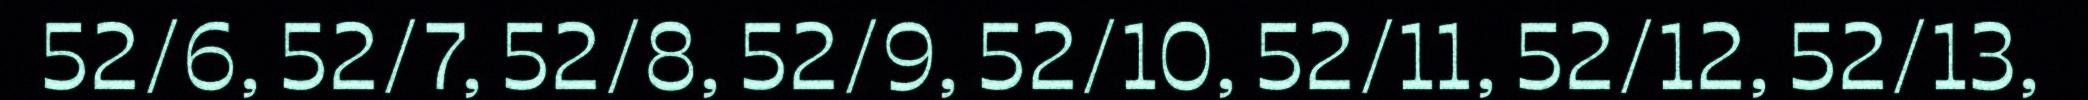
52/6, 52/7, 52/8, 52/9, 52/10, 52/11, 52/12, 52/13,